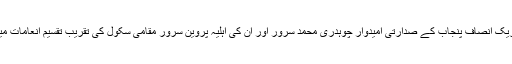
لاہور کی تصاویر، لاہور: تحریک انصاف پنجاب کے صدارتی امیدوار چوہدری محمد سرور اور ان کی اہلیہ پروین سرور مقامی سکول کی تقریب تقسیم انعامات میں بچے کو شیلڈ دے رہے ہیں۔